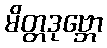
မိတ္တဒုဗ္ဘော